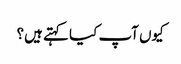
کیوں آپ کیا کہتے ہیں؟